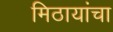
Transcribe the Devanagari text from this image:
मिठायांचा